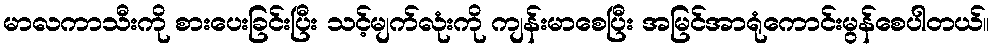
မာလကာသီးကို စားပေးခြင်းပြီး သင့်မျက်လုံးကို ကျန်းမာစေပြီး အမြင်အာရုံကောင်းမွန်စေပါတယ်။